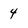
Character: 4